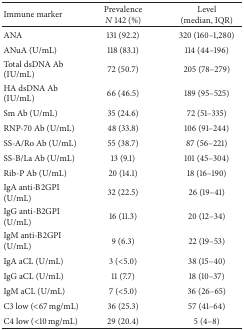
<table><thead><tr><td><b>Immune marker</b></td><td><b>Prevalence<i>N</i> 142 (%)</b></td><td><b>Level(median, IQR)</b></td></tr></thead><tbody><tr><td>ANA</td><td>131 (92.2)</td><td>320 (160–1,280)</td></tr><tr><td>ANuA (U/mL)</td><td>118 (83.1)</td><td>114 (44–196)</td></tr><tr><td>Total dsDNA Ab (IU/mL)</td><td>72 (50.7)</td><td>205 (78–279)</td></tr><tr><td>HA dsDNA Ab (IU/mL)</td><td>66 (46.5)</td><td>189 (95–525)</td></tr><tr><td>Sm Ab (U/mL)</td><td>35 (24.6)</td><td>72 (51–335)</td></tr><tr><td>RNP-70 Ab (U/mL)</td><td>48 (33.8)</td><td>106 (91–244)</td></tr><tr><td>SS-A/Ro Ab (U/mL)</td><td>55 (38.7)</td><td>87 (56–221)</td></tr><tr><td>SS-B/La Ab (U/mL)</td><td>13 (9.1)</td><td>101 (45–304)</td></tr><tr><td>Rib-P Ab (U/mL)</td><td>20 (14.1)</td><td>18 (16–190)</td></tr><tr><td>IgA anti-<i>Β</i>2GPI (U/mL)</td><td>32 (22.5)</td><td>26 (19–41)</td></tr><tr><td>IgG anti-<i>Β</i>2GPI (U/mL)</td><td>16 (11.3)</td><td>20 (12–34)</td></tr><tr><td>IgM anti-<i>Β</i>2GPI (U/mL)</td><td>9 (6.3)</td><td>22 (19–53)</td></tr><tr><td>IgA aCL (U/mL)</td><td>3 (&lt;5.0)</td><td>38 (15–40)</td></tr><tr><td>IgG aCL (U/mL)</td><td>11 (7.7)</td><td>18 (10–37)</td></tr><tr><td>IgM aCL (U/mL)</td><td>7 (&lt;5.0)</td><td>36 (26–65)</td></tr><tr><td>C3 low (&lt;67 mg/mL)</td><td>36 (25.3)</td><td>57 (41–64)</td></tr><tr><td>C4 low (&lt;10 mg/mL)</td><td>29 (20.4)</td><td>5 (4–8)</td></tr></tbody></table>